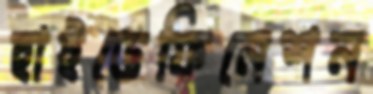
হাইডেফিনেশন